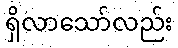
ရှိလာသော်လည်း